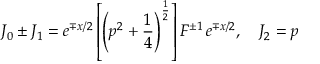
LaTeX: J _ { 0 } \pm J _ { 1 } = e ^ { \mp x / 2 } \left[ \left( p ^ { 2 } + \frac 1 4 \right) ^ { \frac 1 2 } \right] F ^ { \pm 1 } \, e ^ { \mp x / 2 } , \quad J _ { 2 } = p